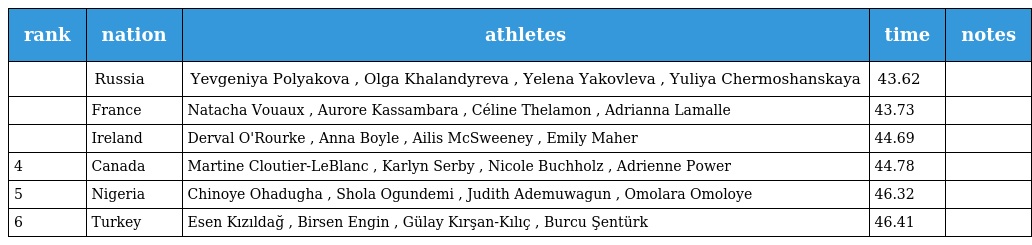
| rank | nation | athletes | time | notes |
 | --- | --- | --- | --- | --- |
 |  | Russia | Yevgeniya Polyakova , Olga Khalandyreva , Yelena Yakovleva , Yuliya Chermoshanskaya | 43.62 |  |
 |  | France | Natacha Vouaux , Aurore Kassambara , Céline Thelamon , Adrianna Lamalle | 43.73 |  |
 |  | Ireland | Derval O'Rourke , Anna Boyle , Ailis McSweeney , Emily Maher | 44.69 |  |
 | 4 | Canada | Martine Cloutier-LeBlanc , Karlyn Serby , Nicole Buchholz , Adrienne Power | 44.78 |  |
 | 5 | Nigeria | Chinoye Ohadugha , Shola Ogundemi , Judith Ademuwagun , Omolara Omoloye | 46.32 |  |
 | 6 | Turkey | Esen Kızıldağ , Birsen Engin , Gülay Kırşan-Kılıç , Burcu Şentürk | 46.41 |  |